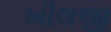
ખીલજી